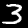
Label: 3